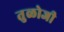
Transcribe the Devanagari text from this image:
तुळोजी